Malaria in the Duars
Disease focus: Malaria
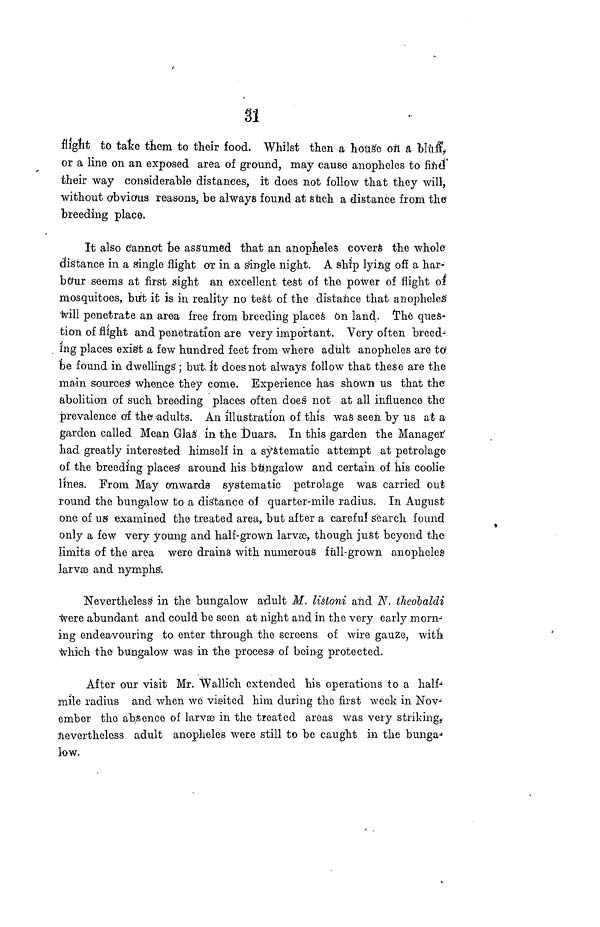
31
flight to take them to their food. Whilst then a house on a \ill\
or a line on an exposed area of ground, may cause anopheles to find'
their way considerable distances, it does not follow that they will,
without obvious reasons, be always found at such a distance from the
breeding place.
It also Cannot be assumed that an anopheles covers the whole
distance in a single flight or in a single night. A ship lying off a har-
bour seems at first sight an excellent test of the power of flight of
mosquitoes, bitt it is in reality no test of the distance that anopheles
will penetrate an area free from breeding places On land, "the ques-
tion of flight and penetration are very important. Very often breed-
ing places exist a few hundred feet from where adult anopheles are to 1
be found in dwellings ; but ; does not always follow that these are the
main sources whence they come. Experience has shown us that the
abolition of such breeding places often does not at all influence the
prevalence of the adults. An illustration of this was seen by us at a
garden called Mean Glas in the Duars. In this garden the Manager
had greatly interested himself in a systematic attempt at petrolage
of the breeding places around his btingalow and certain of his coolie
lines. From May onwards systematic petrolage was carried out
round the bungalow to a distance of quarter-mile radius. In August
one of us examined the treated area, but after a careful search found
only a few very young and half-grown larvæ, though just beyond the
limits of the area were drains with numerous full-grown anopheles
larvæ and nymphs.
Nevertheless in the bungalow adult M. listoni and N. theobaldi
were abundant and could be seen at night and in the very early morn-
ing endeavouring to enter through the screens of wire gauze, with-
which the bungalow was in the process- of being protected.
After our visit Mr. Wallich extended his operations to a half-
mile radius and when we visited him during the first week in Nov-
ember the absence of larvæ in the treated areas was very striking,
Nevertheless adult anopheles were still to be caught in the bunga-
low.